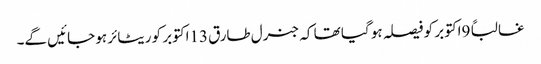
غالباً 9اکتوبر کو فیصلہ ہو گیا تھا کہ جنرل طارق 13اکتوبر کو ریٹائر ہو جائیں گے۔